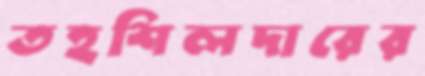
তহশিলদারের